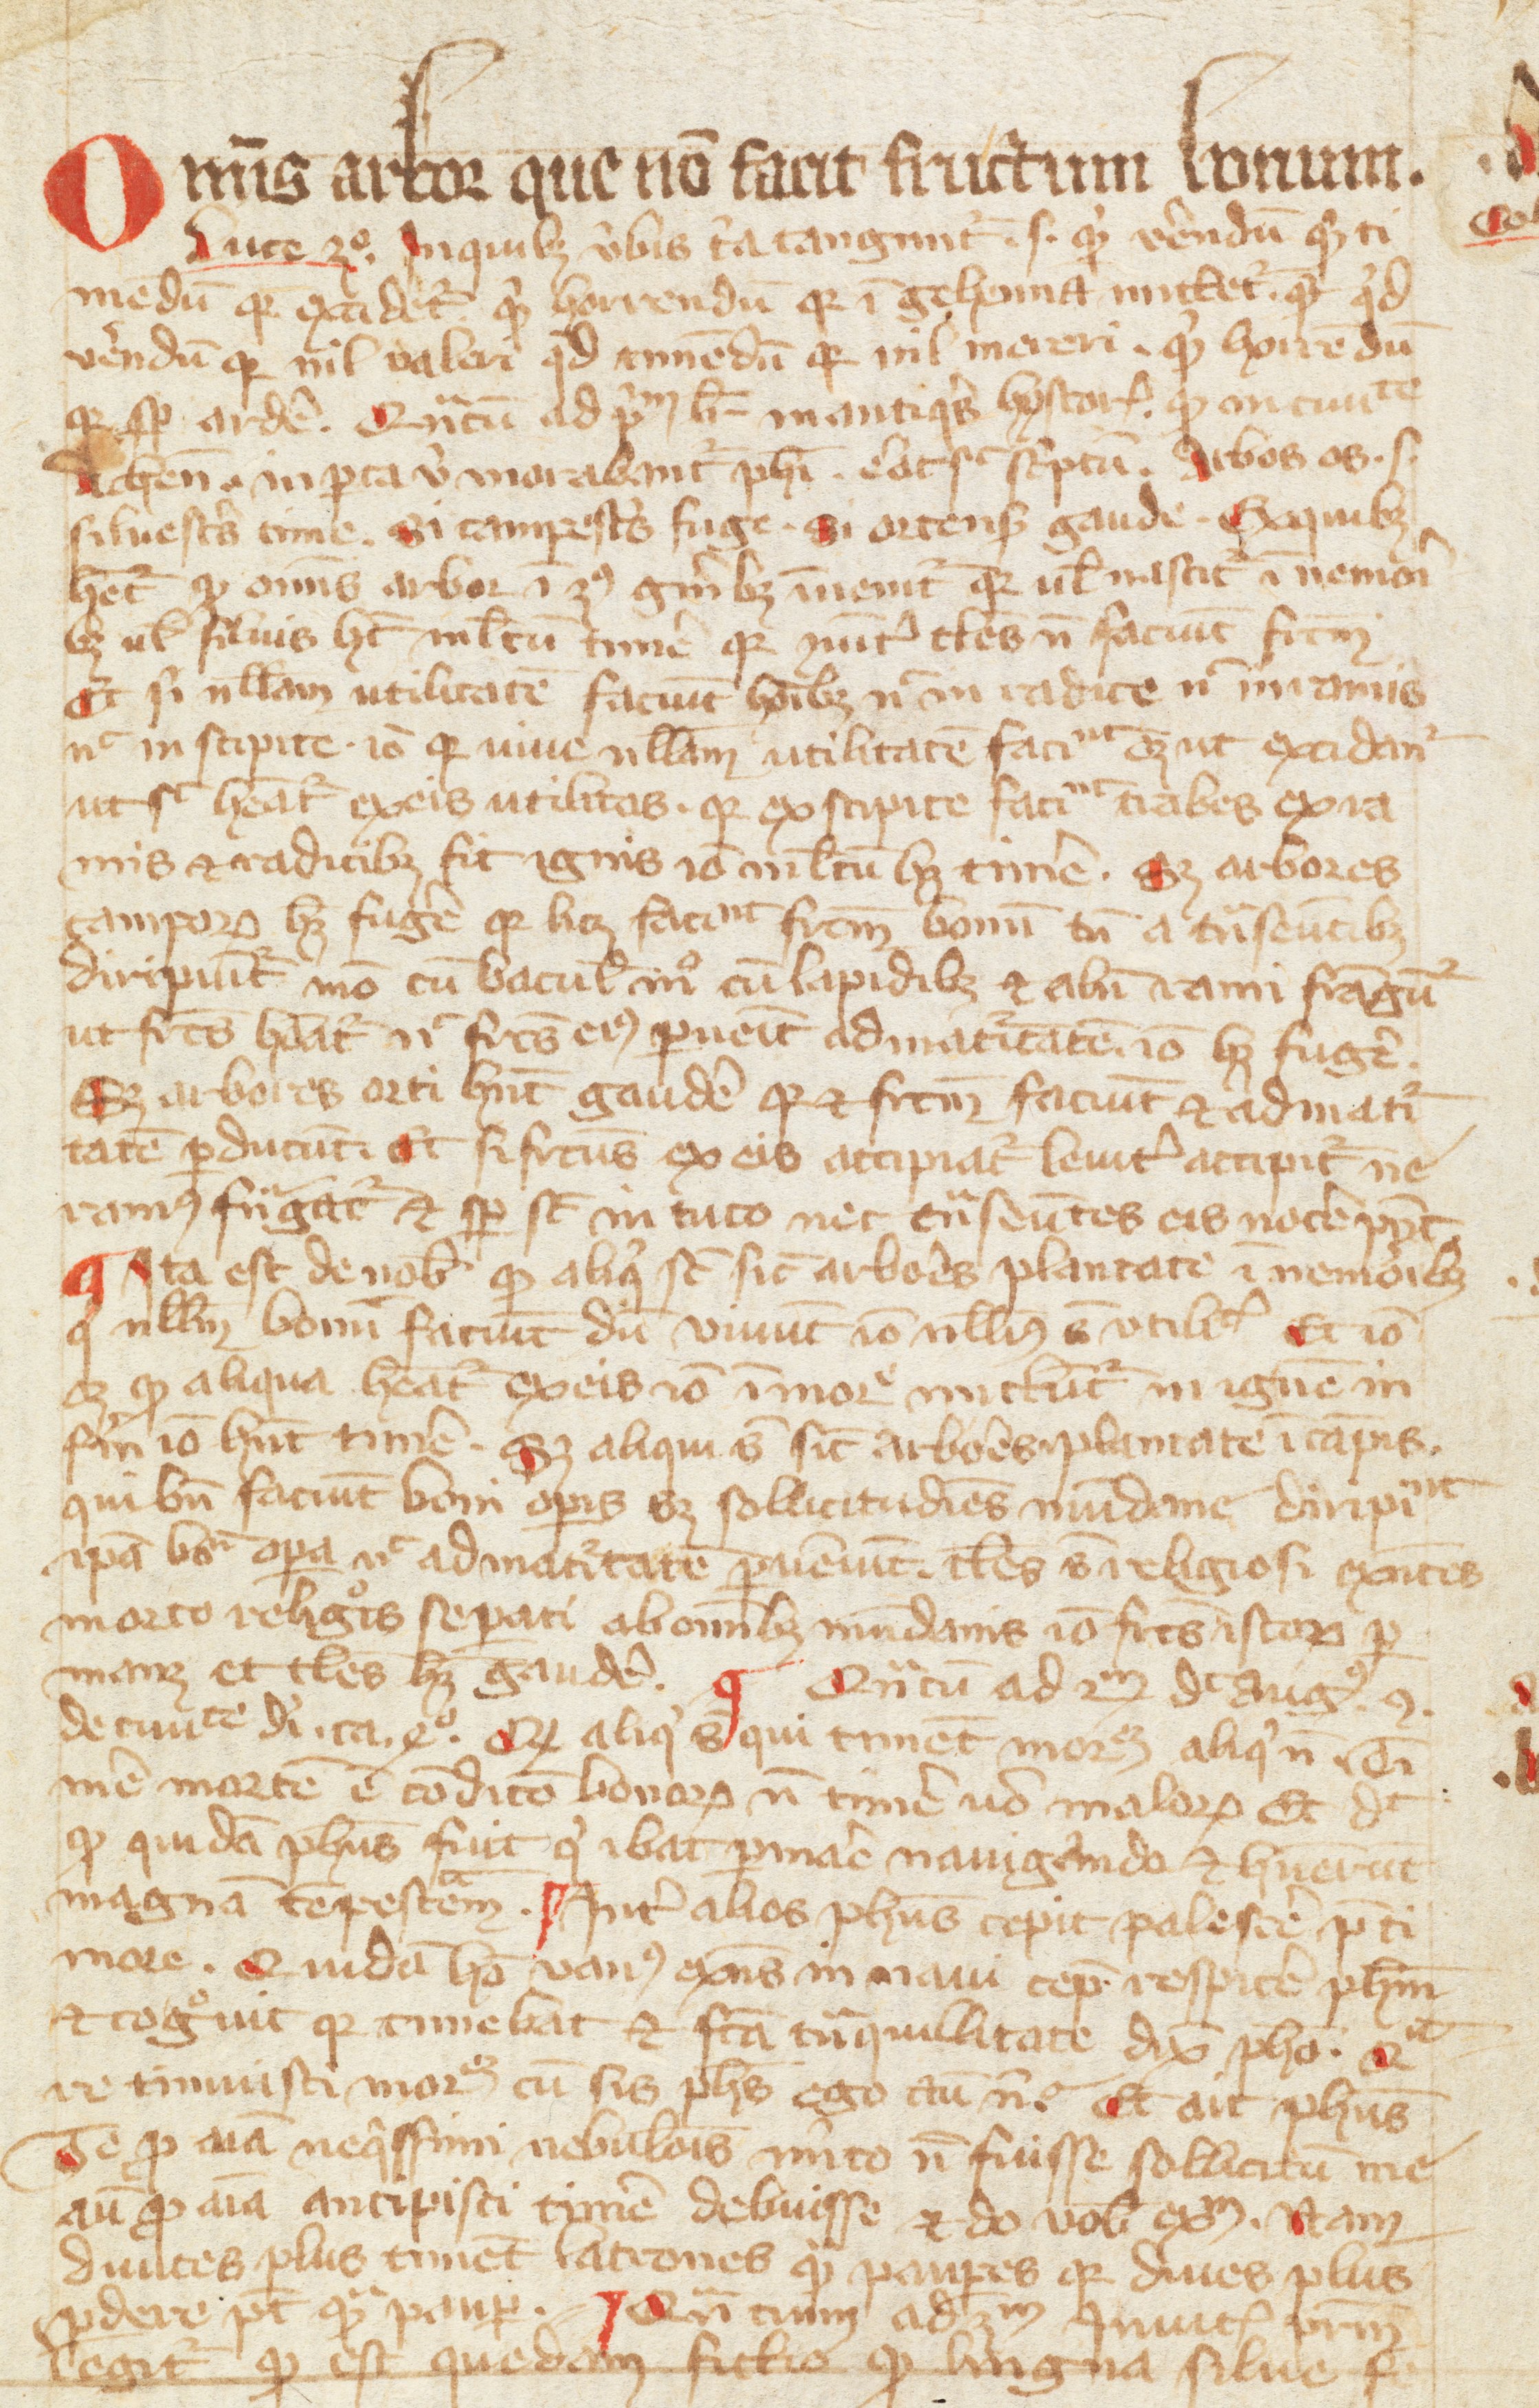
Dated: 1350–1399